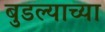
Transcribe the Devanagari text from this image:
बुडल्याच्या